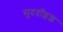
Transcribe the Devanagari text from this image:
सुददॉइश